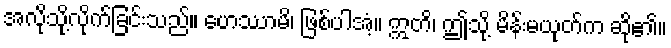
အလိုသို့လိုက်ခြင်းသည်။ ဟေဿာမိ၊ ဖြစ်ပါအံ့။ ဣတိ၊ ဤသို့ မိန်းမယုတ်က ဆို၏။